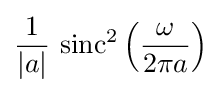
{\frac {1}{|a|}}\,\operatorname {sinc} ^{2}\left({\frac {\omega }{2\pi a}}\right)